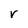
Character: r